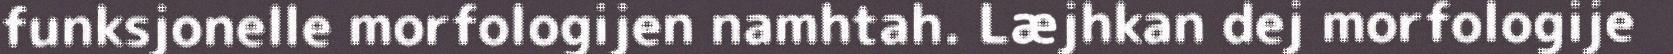
funksjonelle morfologijen namhtah. Læjhkan dej morfologije